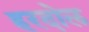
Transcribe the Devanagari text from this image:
हरदोल